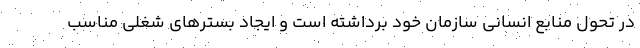
در تحول منابع انسانی سازمان خود برداشته است و ایجاد بسترهای شغلی مناسب